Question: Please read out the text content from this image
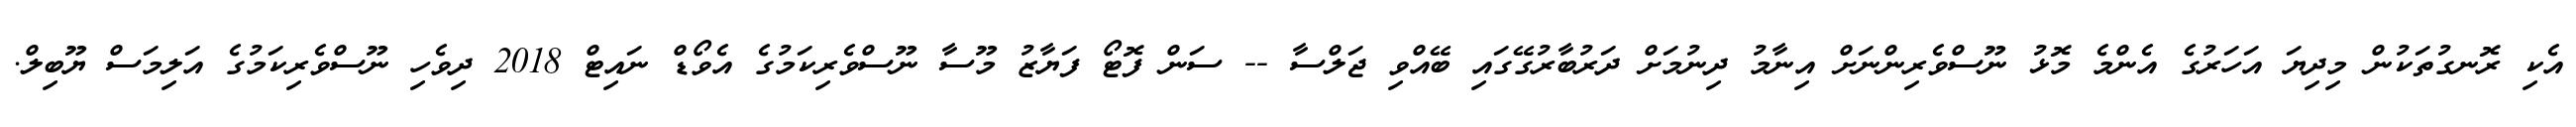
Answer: އެކި ރޮނގުތަކުން މިދިޔަ އަހަރުގެ އެންމެ މޮޅު ނޫސްވެރިންނަށް އިނާމު ދިނުމަށް ދަރުބާރުގޭގައި ބޭއްވި ޖަލްސާ -- ސަން ފޮޓޯ ފަޔާޒު މޫސާ ނޫސްވެރިކަމުގެ އެވޯޑް ނައިޓް 2018 ދިވެހި ނޫސްވެރިކަމުގެ އަލިމަސް ޔޫބިލް.